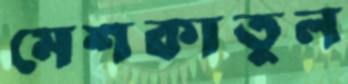
মেশকাতুল